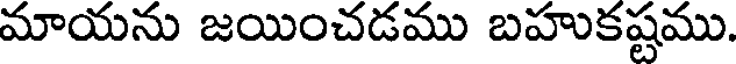
మాయను జయించడము బహుకష్టము.